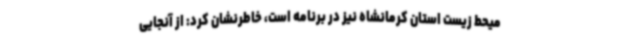
میحط زیست استان کرمانشاه نیز در برنامه است، خاطرنشان کرد: از آنجایی